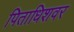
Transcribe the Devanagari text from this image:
पिताधिशवर